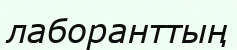
лаборанттың